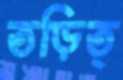
তড়িত্